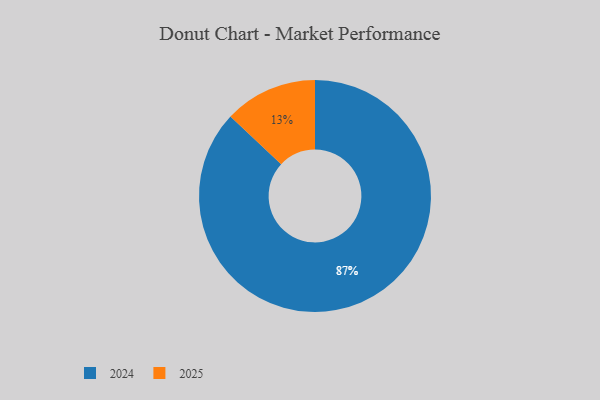
{"axis": {"x": "Category", "y": "Percentage"}, "legend": ["2024", "2025"], "data": [{"x": "2025", "y": 13, "type": "2025"}, {"x": "2024", "y": 87, "type": "2024"}]}